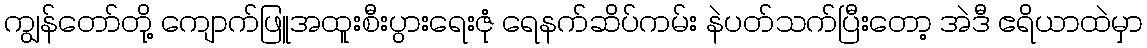
ကျွန်တော်တို့ ကျောက်ဖြူအထူးစီးပွားရေးဇုံ ရေနက်ဆိပ်ကမ်း နဲပတ်သက်ပြီးတော့ အဲဒီ ဧရိယာထဲမှာ